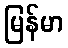
မြန်မာ